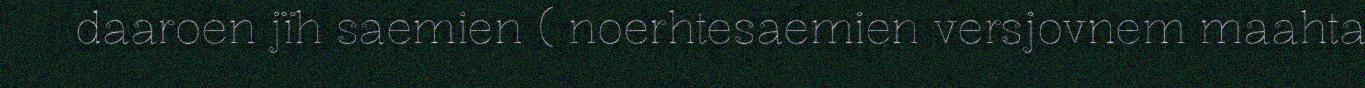
daaroen jïh saemien ( noerhtesaemien versjovnem maahta